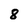
Character: 8